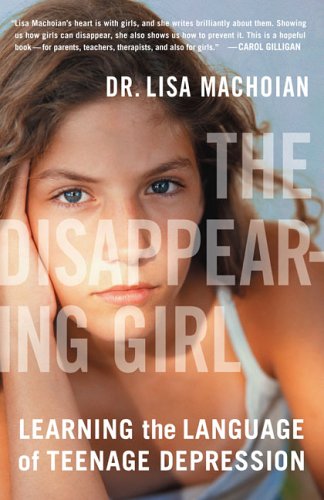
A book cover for The Disappearing Girl: Learning the Language of Teenage Depression; Lisa Machoian; Parenting & Relationships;